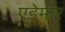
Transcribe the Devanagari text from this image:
एडेमार